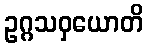
ဥဂ္ဂသဝှယောတိ